Civil Veterinary Dept. Bombay admin report 1893-99 - 1893-1899
Year: 1893
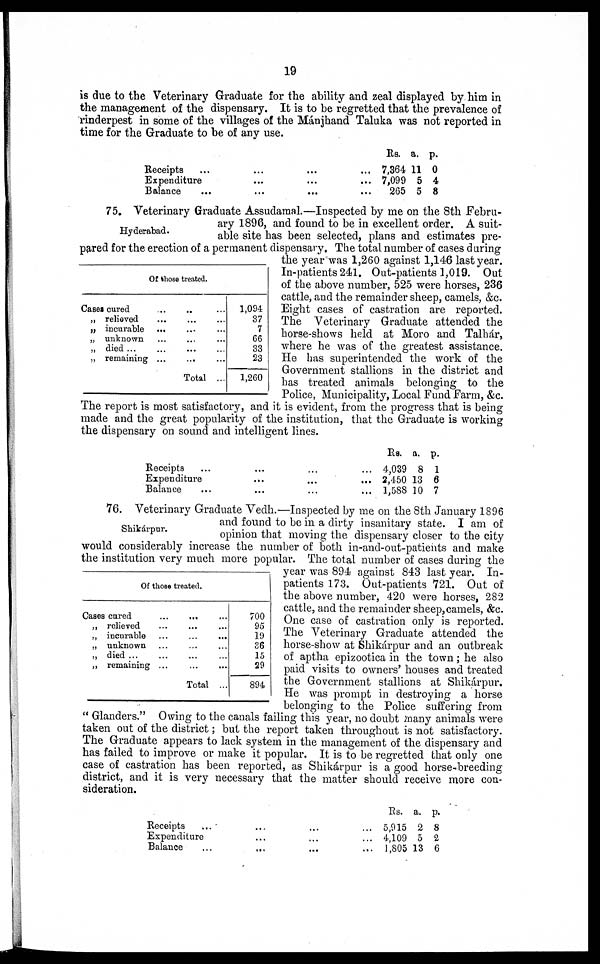
19
is due to the Veterinary Graduate for the ability and zeal displayed by him in
the management of the dispensary. It is to be regretted that the prevalence of
rinderpest in some of the villages of the Mánjhand Taluka was not reported in
time for the Graduate to be of any use.
Receipts …
Expenditure
Balance …
...
...
…
...
...
...
…
...
...
Rs.
7,364
7,099
265
a.
11
5
5
p.
0
4
8
Hyderabad.
75. Veterinary Graduate Assudamal.—Inspected by me on the 8th Febru-
ary 1896, and found to be in excellent order. A suit-
able site has been selected, plans and estimates pre-
pared for the erection of a permanent dispensary. The total number of cases during
the year was 1,260 against 1,146 last year.
In-patients 241. Out-patients 1,019. Out
of the above number, 525 were horses, 236
cattle, and the remainder sheep, camels, &c.
Eight cases of castration are reported.
The Veterinary Graduate attended the
horse-shows held at Moro and Talhár,
where he was of the greatest assistance.
He has superintended the work of the
Government stallions in the district and
has treated animals belonging to the
Police, Municipality, Local Fund Farm, &c.
The report is most satisfactory, and it is evident, from the progress that is being
made and the great popularity of the institution, that the Graduate is working
the dispensary on sound and intelligent lines.
Of those treated.
Cases cured
„ relieved
„ incurable
„ unknown
„ died ...
„ remaining
…
...
...
…
...
…
…
...
…
…
...
...
Total
…
...
…
...
…
…
…
1,094
37
7
66
33
23
1,260
Receipts … …
Expenditure …
Balance … …
Rs.
… … 4,039
… …2,450
… … 1,588
a.
8
13
10
p.
1
6
7
Shikárpur.
76. Veterinary Graduate Vedh.—Inspected by me on the 8th January 1896
and found to be in a dirty insanitary state. I am of
opinion that moving the dispensary closer to the city
would considerably increase the number of both in-and-out-patients and make
the institution very much more popular. The total number of cases during the
year was 894 against 843 last year. In-
patients 173. Out-patients 721. Out of
the above number, 420 were horses, 282
cattle, and the remainder sheep, camels, &c.
One case of castration only is reported.
The Veterinary Graduate attended the
horse-show at Shikárpur and an outbreak
of aptha epizootica in the town ; he also
paid visits to owners' houses and treated
the Government stallions at Shikárpur.
He was prompt in destroying a horse
belonging to the Police suffering from
" Glanders." Owing to the canals failing this year, no doubt many animals were
taken out of the district ; but the report taken throughout is not satisfactory.
The Graduate appears to lack system in the management of the dispensary and
has failed to improve or make it popular. It is to be regretted that only one
case of castration has been reported, as Shikárpur is a good horse-breeding
district, and it is very necessary that the matter should receive more con-
sideration.
Of those treated.
Cases cured
„ relieved
„ incurable
„ unknown
„ died ...
„ remaining
…
…
…
…
…
...
…
...
…
…
...
...
Total
…
...
...
...
…
...
…
700
95
19
36
15
29
894
Receipts …
Expenditure
Balance …
…
…
…
...
…
...
...
…
...
Rs.
5,915
4,109
1,805
a.
2
5
13
p.
8
2
6